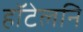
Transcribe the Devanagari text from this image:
हॉटेलनि